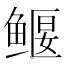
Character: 𫚢